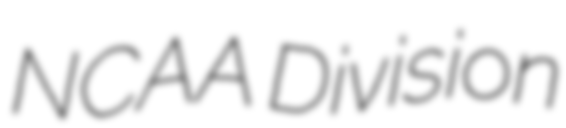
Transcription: NCAA Division